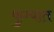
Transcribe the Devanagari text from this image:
फुग्यात